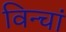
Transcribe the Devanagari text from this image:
विन्चां